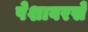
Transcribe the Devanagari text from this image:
पेशावरसे